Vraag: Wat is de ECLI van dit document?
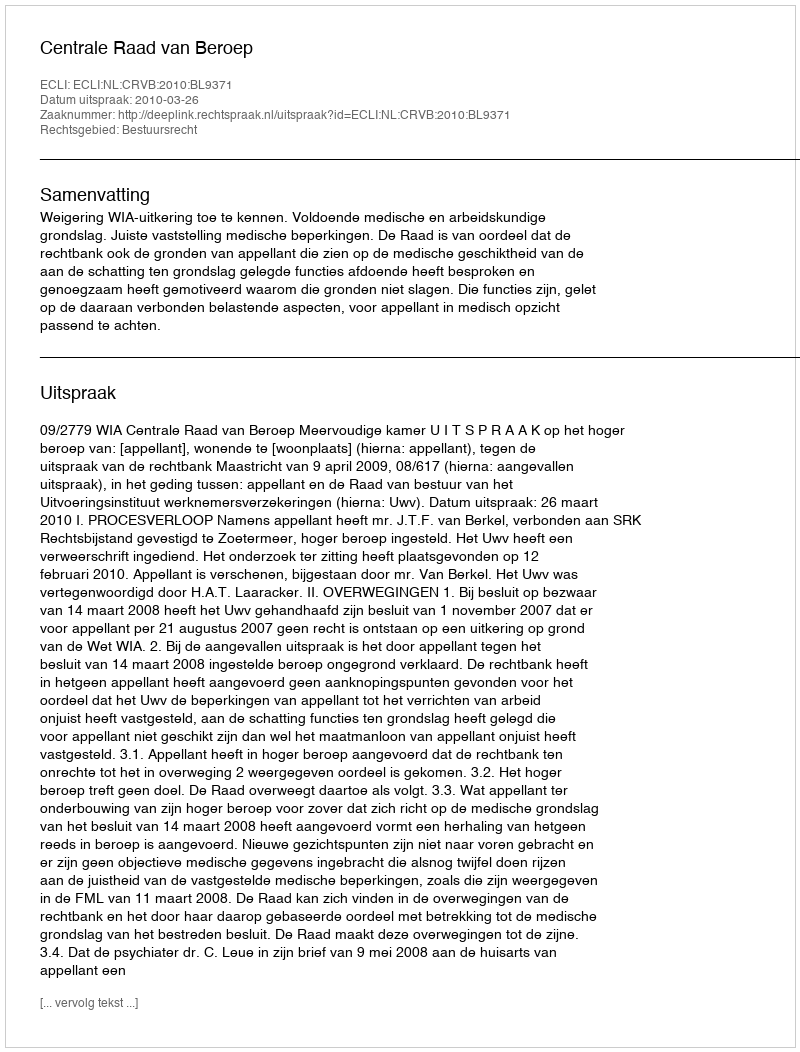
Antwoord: ECLI:NL:CRVB:2010:BL9371